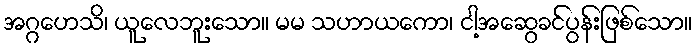
အဂ္ဂဟေသိ၊ ယူလေဘူးသော။ မမ သဟာယကော၊ ငါ့အဆွေခင်ပွန်းဖြစ်သော။